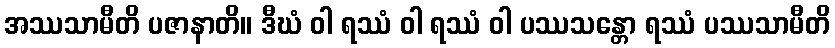
အဿသာမီတိ ပဇာနာတိ။ ဒီဃံ ဝါ ရဿံ ဝါ ရဿံ ဝါ ပဿသန္တော ရဿံ ပဿသာမီတိ